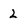
Character: 2